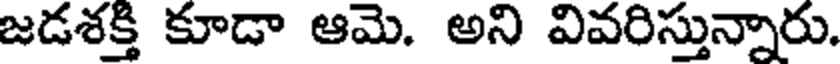
జడశక్తి కూడా ఆమె. అని వివరిస్తున్నారు.